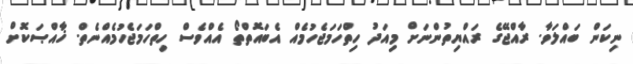
ނިކަން ބައްލަވާ. ރާއްޖޭގެ ރައްޔިތުންނަށް މިއަދު ހިތްހަމަޖެހުމެއް އެބައޮތްތޯ އެއްވެސް ހިތްހަމަޖެހުމެއްނެތް. ޚާއްޞަކޮށް